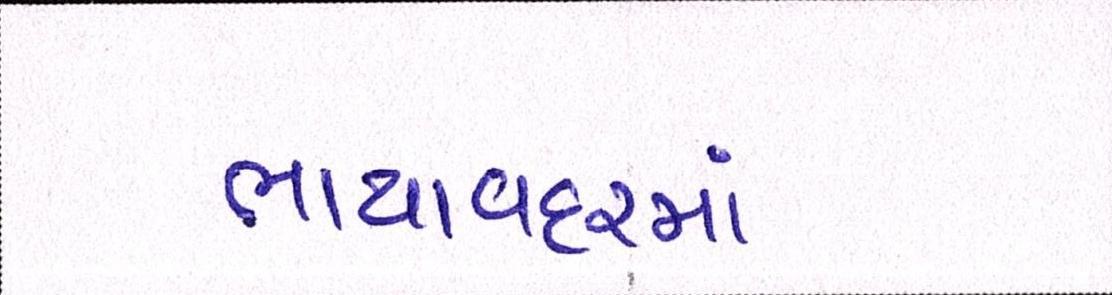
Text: ભાયાવદરમાં